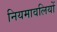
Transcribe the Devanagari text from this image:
नियमावलियों